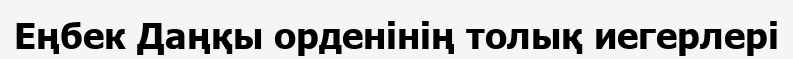
Еңбек Даңқы орденінің толық иегерлері